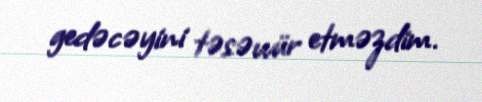
gedəcəyini təsəvvür etməzdim.